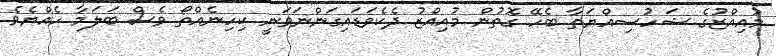
މުއިއްޒުގެ ޝަހުސިއްޔަތާ ބެހޭ ގޮތުން މުއިއްޒު ދެކެވަޑައިގަންނަވަނީ ކިހިނެއްތޯ ވެސް ބަލަމާ ހެއްޔެވެ